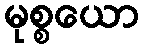
မုစ္စယော